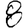
Digit: 8